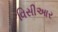
વિસીઆર